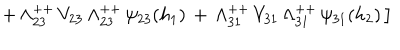
\left. + \, \Lambda _ { 2 3 } ^ { + + } \, V _ { 2 3 } \, \Lambda _ { 2 3 } ^ { + + } \, \psi _ { 2 3 } ( h _ { 1 } ) \, + \, \Lambda _ { 3 1 } ^ { + + } \, V _ { 3 1 } \, \Lambda _ { 3 1 } ^ { + + } \, \psi _ { 3 1 } ( h _ { 2 } ) \, \right]